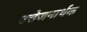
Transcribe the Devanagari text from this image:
उत्तेजनार्थक